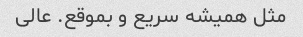
مثل همیشه سریع و بموقع. عالی